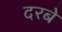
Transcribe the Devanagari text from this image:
दरबे